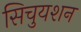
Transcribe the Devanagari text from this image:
सिचुयशन